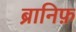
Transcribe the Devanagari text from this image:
ब्रानिफ़